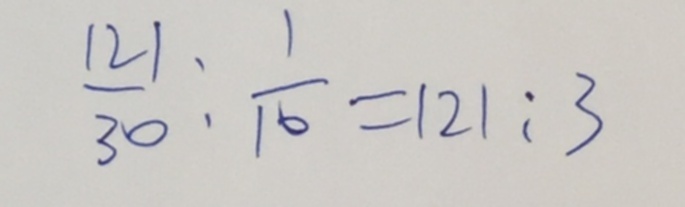
\frac { 1 2 1 } { 3 0 } : \frac { 1 } { 1 6 } = 1 2 1 : 3